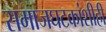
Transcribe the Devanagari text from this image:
समाजघटकांशीही